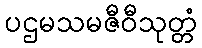
ပဌမသမဇီဝီသုတ္တံ